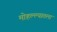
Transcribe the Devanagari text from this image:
मोहल्ल्यातला